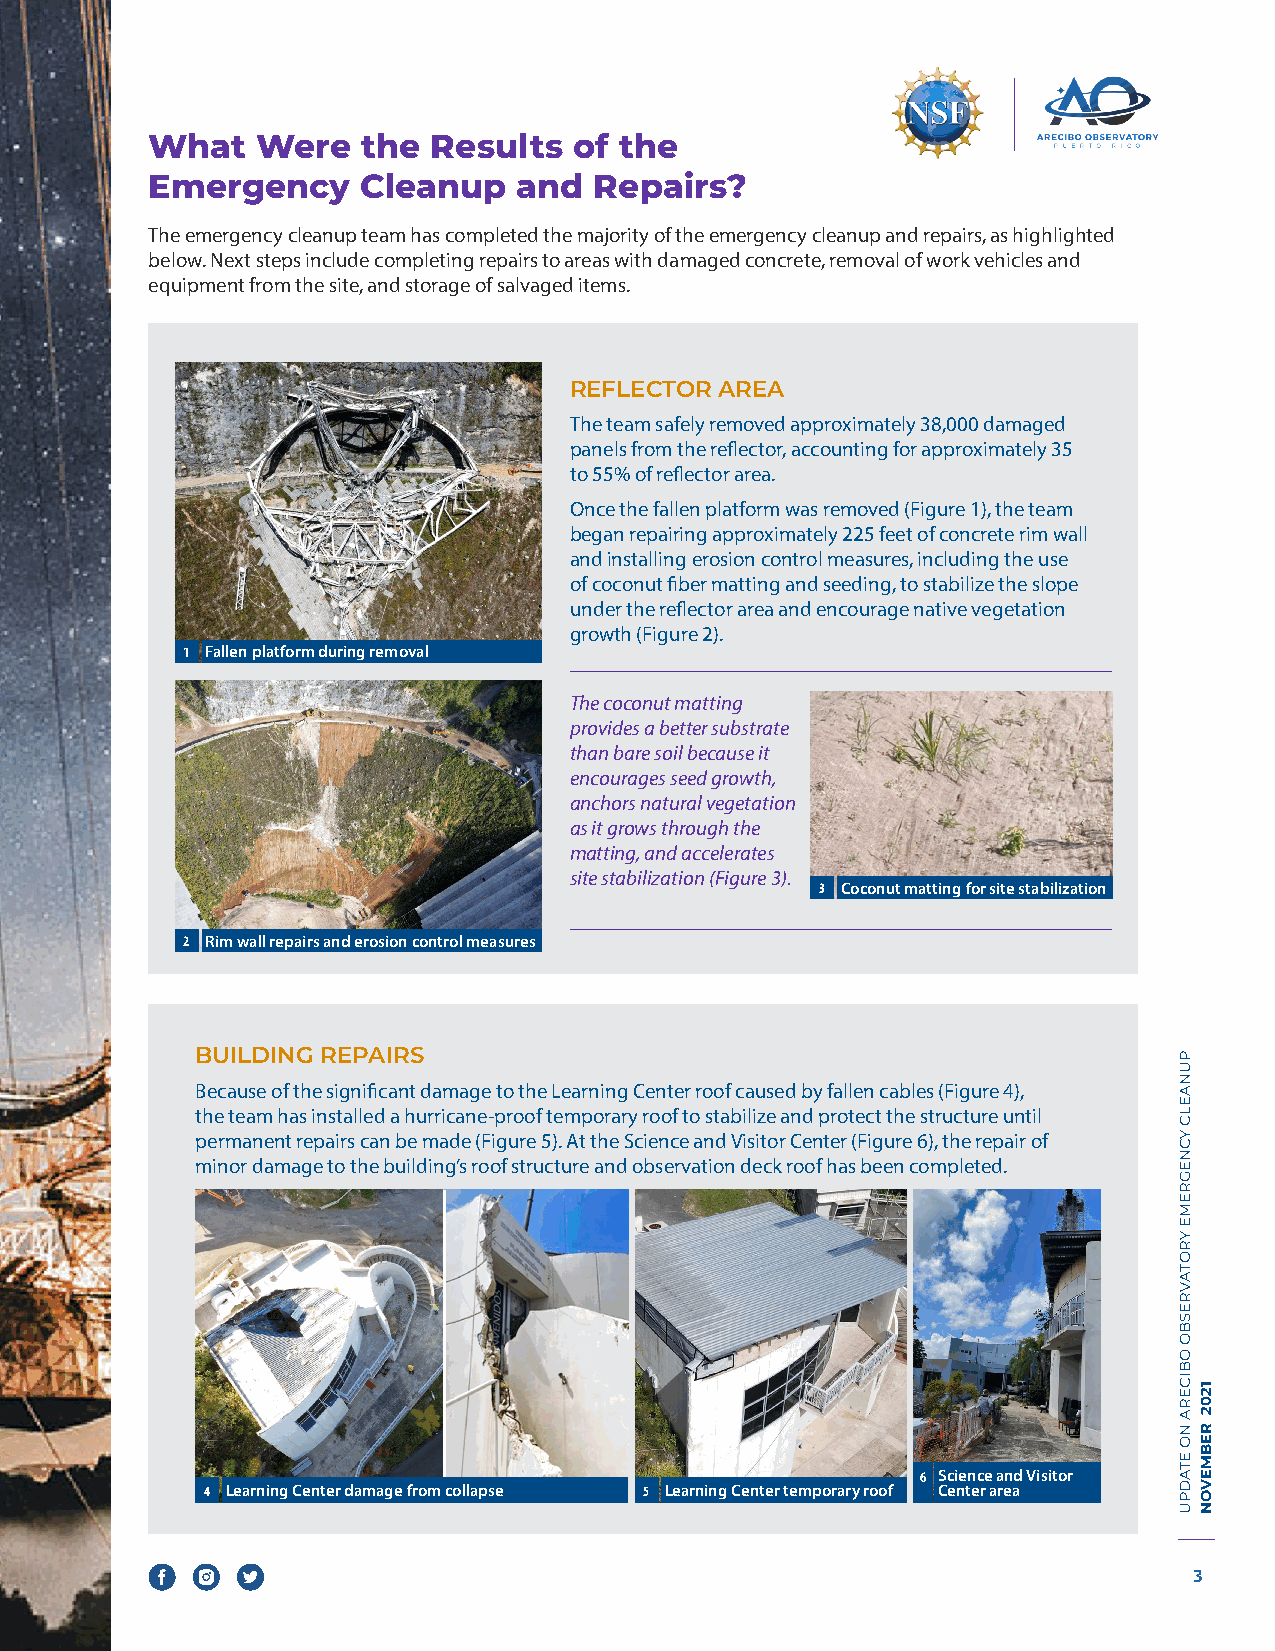
What   Were   the  Results  of the
 Emergency     Cleanup   and  Repairs?
 The emergency cleanup team has completed the majority of the emergency cleanup and repairs, as highlighted
 below. Next steps include completing repairs to areas with damaged concrete, removal of work vehicles and
 equipment from the site, and storage of salvaged items.
 REFLECTOR AREA
 The team safely removed approximately 38,000 damaged
 panels from the reflector, accounting for approximately 35
 to 55% of reflector area.
 Once the fallen platform was removed (Figure 1), the team
 began repairing approximately 225 feet of concrete rim wall
 and installing erosion control measures, including the use
 of coconut fiber matting and seeding, to stabilize the slope
 under the reflector area and encourage native vegetation
 growth (Figure 2).
 1 Fallen platform during removal
 The coconut matting
 provides a better substrate
 than bare soil because it
 encourages seed growth,
 anchors natural vegetation
 as it grows through the
 matting, and accelerates
 site stabilization (Figure 3).
 3 Coconut matting for site stabilization
 2 Rim wall repairs and erosion control measures
 BUILDING REPAIRS
 Because of the significant damage to the Learning Center roof caused by fallen cables (Figure 4),
 the team has installed a hurricane-proof temporary roof to stabilize and protect the structure until
 permanent repairs can be made (Figure 5). At the Science and Visitor Center (Figure 6), the repair of
 minor damage to the building’s roof structure and observation deck roof has been completed.
 6 Science and Visitor
 4 Learning Center damage from collapse 5 Learning Center temporary roof Center area
 3
 PUNAELC
 YCNEGREME
 YROTAVRESBO
 OBICERA
 NO
 ETADPU
 1202
 REBMEVON